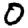
Digit: 0